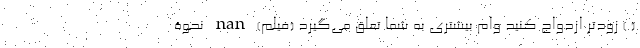
( ) زودتر ازدواج کنید وام بیشتری به شما تعلق می‌گیرد (فیلم) nan نحوۀ